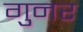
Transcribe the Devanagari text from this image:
गुनर